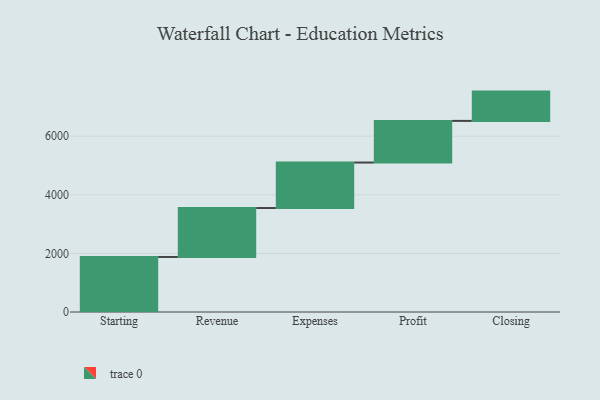
{"axis": {"x": "Step", "y": "Value"}, "legend": [""], "data": [{"x": "Starting", "y": 1878.0, "type": ""}, {"x": "Revenue", "y": 1670.0, "type": ""}, {"x": "Expenses", "y": 1552.0, "type": ""}, {"x": "Profit", "y": 1421.0, "type": ""}, {"x": "Closing", "y": 1000, "type": ""}]}